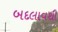
બદલાવથી